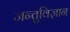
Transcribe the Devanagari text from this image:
जन्तुविज्ञान